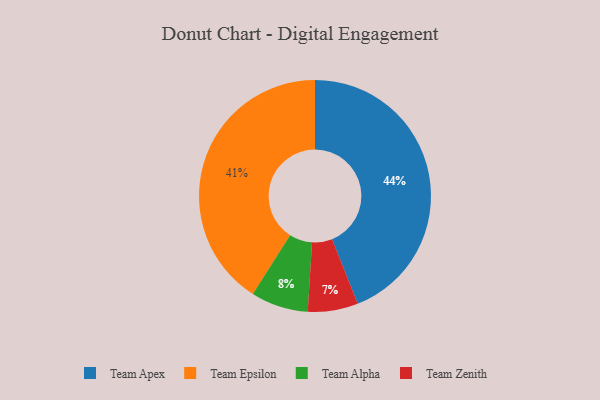
{"axis": {"x": "Category", "y": "Percentage"}, "legend": ["Team Alpha", "Team Apex", "Team Epsilon", "Team Zenith"], "data": [{"x": "Team Apex", "y": 44, "type": "Team Apex"}, {"x": "Team Alpha", "y": 8, "type": "Team Alpha"}, {"x": "Team Epsilon", "y": 41, "type": "Team Epsilon"}, {"x": "Team Zenith", "y": 7, "type": "Team Zenith"}]}